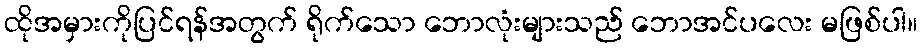
ထိုအမှားကိုပြင်ရန်အတွက် ရိုက်သော ဘောလုံးများသည် ဘောအင်ပလေး မဖြစ်ပါ။